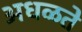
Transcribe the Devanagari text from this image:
अधळते